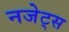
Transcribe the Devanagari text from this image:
नजेट्स